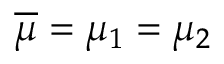
\overline { { \mu } } = \mu _ { 1 } = \mu _ { 2 }